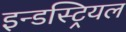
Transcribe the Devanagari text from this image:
इन्डस्ट्रियल